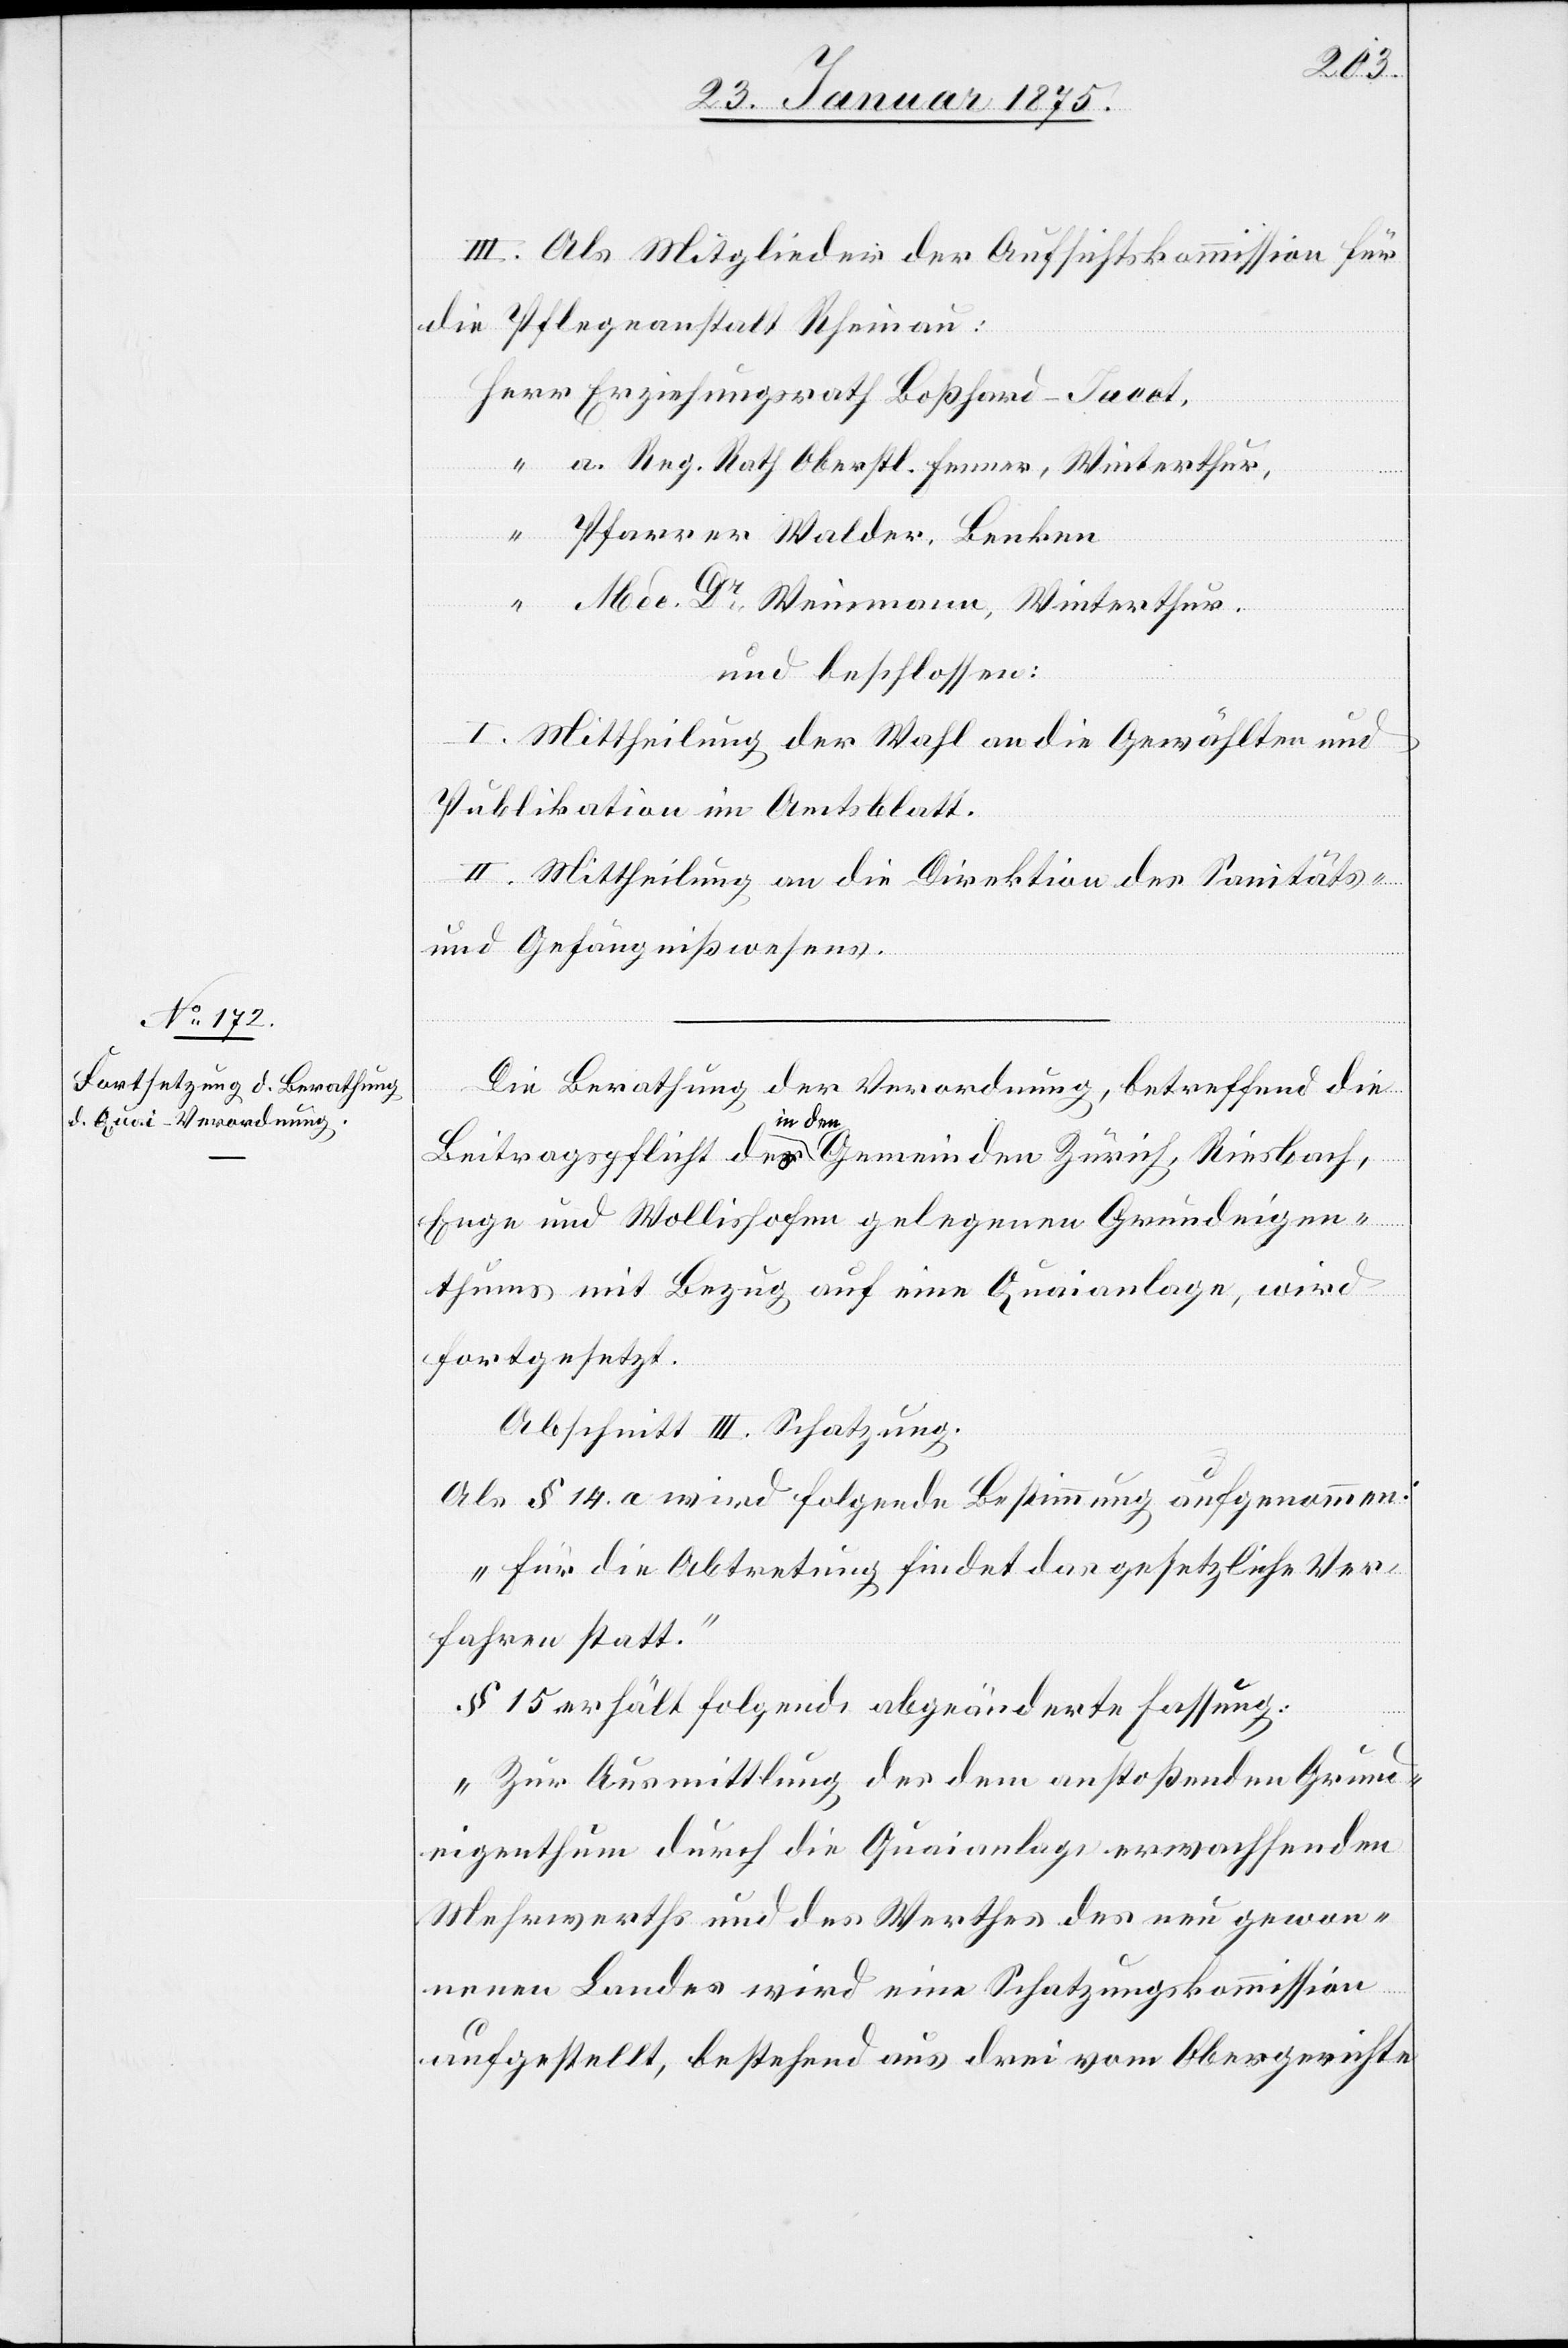
III. Als Mitglieder der Aufsichtskommission für
die Pflegeanstalt Rheinau:
Erziehungsrath Boßhard-Jacot.
a. Reg. Rath Oberstl. Fenner, Winterthur,
Pfarrer Walder, Benken
Med. Dr Weinmann, Winterthur.
und beschlossen:
I. Mittheilung der Wahl an die Gewählten und
Publikation im Amtsblatt.
II. Mittheilung an die Direktion des Sanitäts-
und Gefängnißwesens.
Die Berathung der Verordnung, betreffend die
Beitragspflicht des a-in den-a Gemeinden Zürich, Riesbach,
Enge und Wollishofen gelegenen Grundeigen¬
thums mit Bezug auf eine Quaianlage, wird
fortgesetzt.
Abschnitt III. Schatzung.
Als § 14. a wird folgende Bestimmung aufgenommen:
„Für die Abtretung findet das gesetzliche Ver¬
fahren statt.“
§ 15 erhält folgende abgeänderte Fassung:
„Zur Ausmittlung des dem anstoßenden Grund¬
eigenthum durch die Quaianlage erwachsenden
Mehrwerths und des Werthes des neu gewon¬
nenen Landes wird eine Schatzungskommission
aufgestellt, bestehend aus drei vom Obergerichte